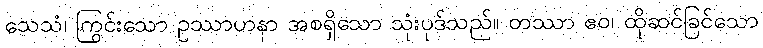
သေသံ၊ ကြွင်းသော ဥဿာဟနာ အစရှိသော သုံးပုဒ်သည်။ တဿာ ဧဝ၊ ထိုဆင်ခြင်သော